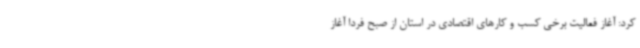
کرد: آغاز فعالیت برخی کسب و کارهای اقتصادی در استان از صبح فردا آغاز